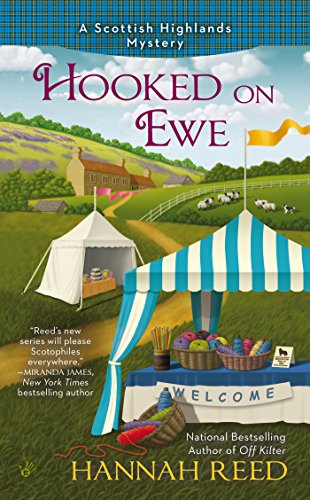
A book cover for Hooked on Ewe (A Scottish Highlands Mystery); Hannah Reed; Mystery, Thriller & Suspense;